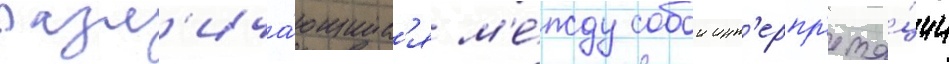
разл'ича́ющиес'я м'е́жду собои инт'ерпр'ета́ции